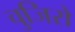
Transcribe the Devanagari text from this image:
चुजिरो